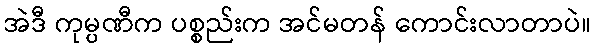
အဲဒီ ကုမ္ပဏီက ပစ္စည်းက အင်မတန် ကောင်းလာတာပဲ။